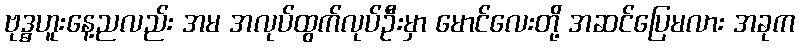
ဗုဒ္ဓဟူးနေ့ညလည်း အမ အလုပ်ထွက်လုပ်ဦးမှာ မောင်လေးတို့ အဆင်ပြေမလား အခုက